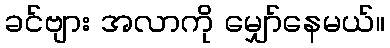
ခင်ဗျား အလာကို မျှော်နေမယ်။